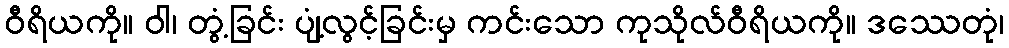
ဝီရိယကို။ ဝါ၊ တွံ့ခြင်း ပျံ့လွင့်ခြင်းမှ ကင်းသော ကုသိုလ်ဝီရိယကို။ ဒဿေတုံ၊